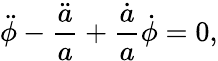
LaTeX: \ddot{\phi}-\frac{\ddot{a}}{a}+\frac{\dot{a}}{a}\dot{\phi}=0,